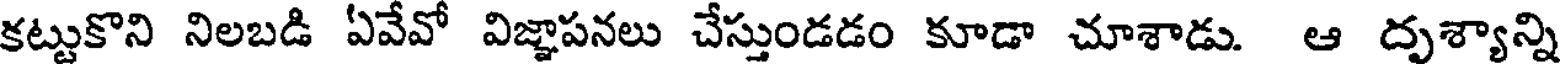
కట్టుకొని నిలబడి ఏవేవో విజ్ఞాపనలు చేస్తుండడం కూడా చూశాడు. ఆ దృశ్యాన్ని